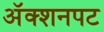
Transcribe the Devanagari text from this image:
अॅक्शनपट